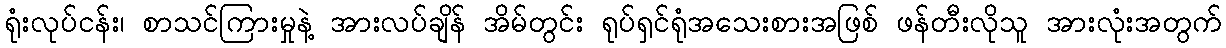
ရုံးလုပ်ငန်း၊ စာသင်ကြားမှုနဲ့ အားလပ်ချိန် အိမ်တွင်း ရုပ်ရှင်ရုံအသေးစားအဖြစ် ဖန်တီးလိုသူ အားလုံးအတွက်